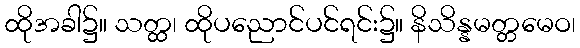
ထိုအခါ၌။ သတ္ထ၊ ထိုပညောင်ပင်ရင်း၌။ နိသိန္နမတ္တမေဝ၊